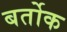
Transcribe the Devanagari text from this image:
बर्तोक